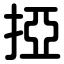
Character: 掗